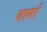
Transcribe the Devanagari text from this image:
वार्गा